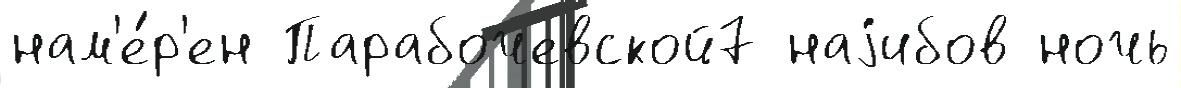
нам'е́р'ен Парабочевской7 наjибов ночь